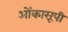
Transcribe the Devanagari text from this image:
ओंकाररूपी